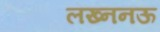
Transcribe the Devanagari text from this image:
लख्ननऊ